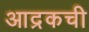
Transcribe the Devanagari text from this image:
आद्रकची